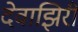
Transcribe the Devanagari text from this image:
देवाझिरी